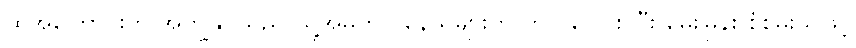
ထိုအကြောင်းကို အကျွန်ုပ်သည် သူ့အိမ်တွင် နေသူများကို ကပ် ပေါင်း ပြီး မေးမြန်း စုံစမ်းသဖြင့်